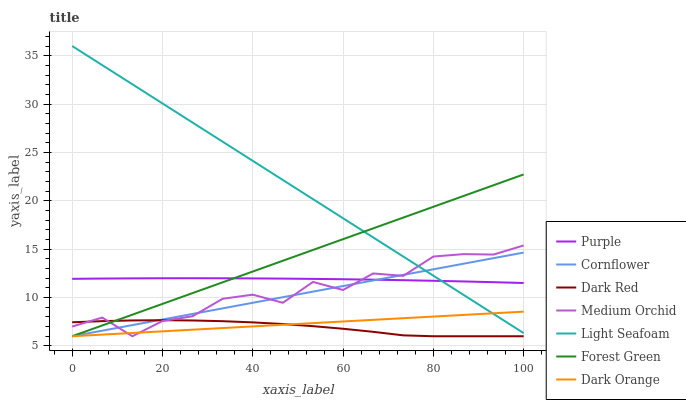
| xaxis_label | Purple | Cornflower | Dark Red | Medium Orchid | Light Seafoam | Forest Green | Dark Orange |
 | --- | --- | --- | --- | --- | --- | --- | --- |
 | 0 | 11.9 | 6 | 7.44 | 7 | 36 | 6 | 6 |
 | 6.67 | 12 | 6.58 | 7.56 | 7.93 | 34 | 7.12 | 6.17 |
 | 13.3 | 12 | 7.15 | 7.64 | 6 | 32 | 8.23 | 6.34 |
 | 20 | 12 | 7.73 | 7.66 | 7.57 | 30.1 | 9.35 | 6.51 |
 | 26.7 | 12 | 8.31 | 7.63 | 8.07 | 28.1 | 10.5 | 6.68 |
 | 33.3 | 12 | 8.88 | 7.56 | 9.87 | 26.1 | 11.6 | 6.85 |
 | 40 | 12 | 9.46 | 7.43 | 10.3 | 24.1 | 12.7 | 7.02 |
 | 46.7 | 12 | 10 | 7.26 | 9.46 | 22.2 | 13.8 | 7.19 |
 | 53.3 | 11.9 | 10.6 | 7.04 | 11.6 | 20.2 | 14.9 | 7.36 |
 | 60 | 11.9 | 11.2 | 6.77 | 10.8 | 18.2 | 16 | 7.53 |
 | 66.7 | 11.8 | 11.8 | 6.46 | 12.5 | 16.2 | 17.2 | 7.7 |
 | 73.3 | 11.8 | 12.3 | 6.09 | 12.2 | 14.2 | 18.3 | 7.87 |
 | 80 | 11.7 | 12.9 | 6 | 14.2 | 12.3 | 19.4 | 8.04 |
 | 86.7 | 11.7 | 13.5 | 6 | 14.5 | 10.3 | 20.5 | 8.2 |
 | 93.3 | 11.6 | 14.1 | 6 | 14.4 | 8.31 | 21.6 | 8.37 |
 | 100 | 11.5 | 14.6 | 6 | 15.4 | 6.33 | 22.7 | 8.54 |